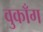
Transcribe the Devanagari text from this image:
वुकाँग